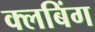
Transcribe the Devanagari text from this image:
क्लबिंग